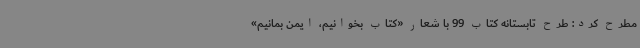
مطرح کرد: طرح تابستانه کتاب 99 با شعار «کتاب بخوانیم، ایمن بمانیم»